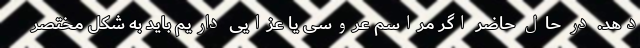
دهد. در حال حاضر اگر مراسم عروسی یا عزایی داریم باید به شکل مختصر